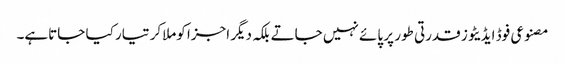
مصنوعی فوڈ ایڈیٹوز قدرتی طور پر پائے نہیں جاتے بلکہ دیگر اجزا کوملاکر تیار کیا جاتاہے۔